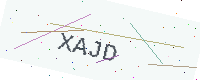
Text: XAJD